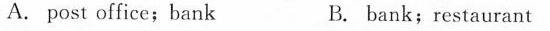
A.post office;bank B. bank;restaurant